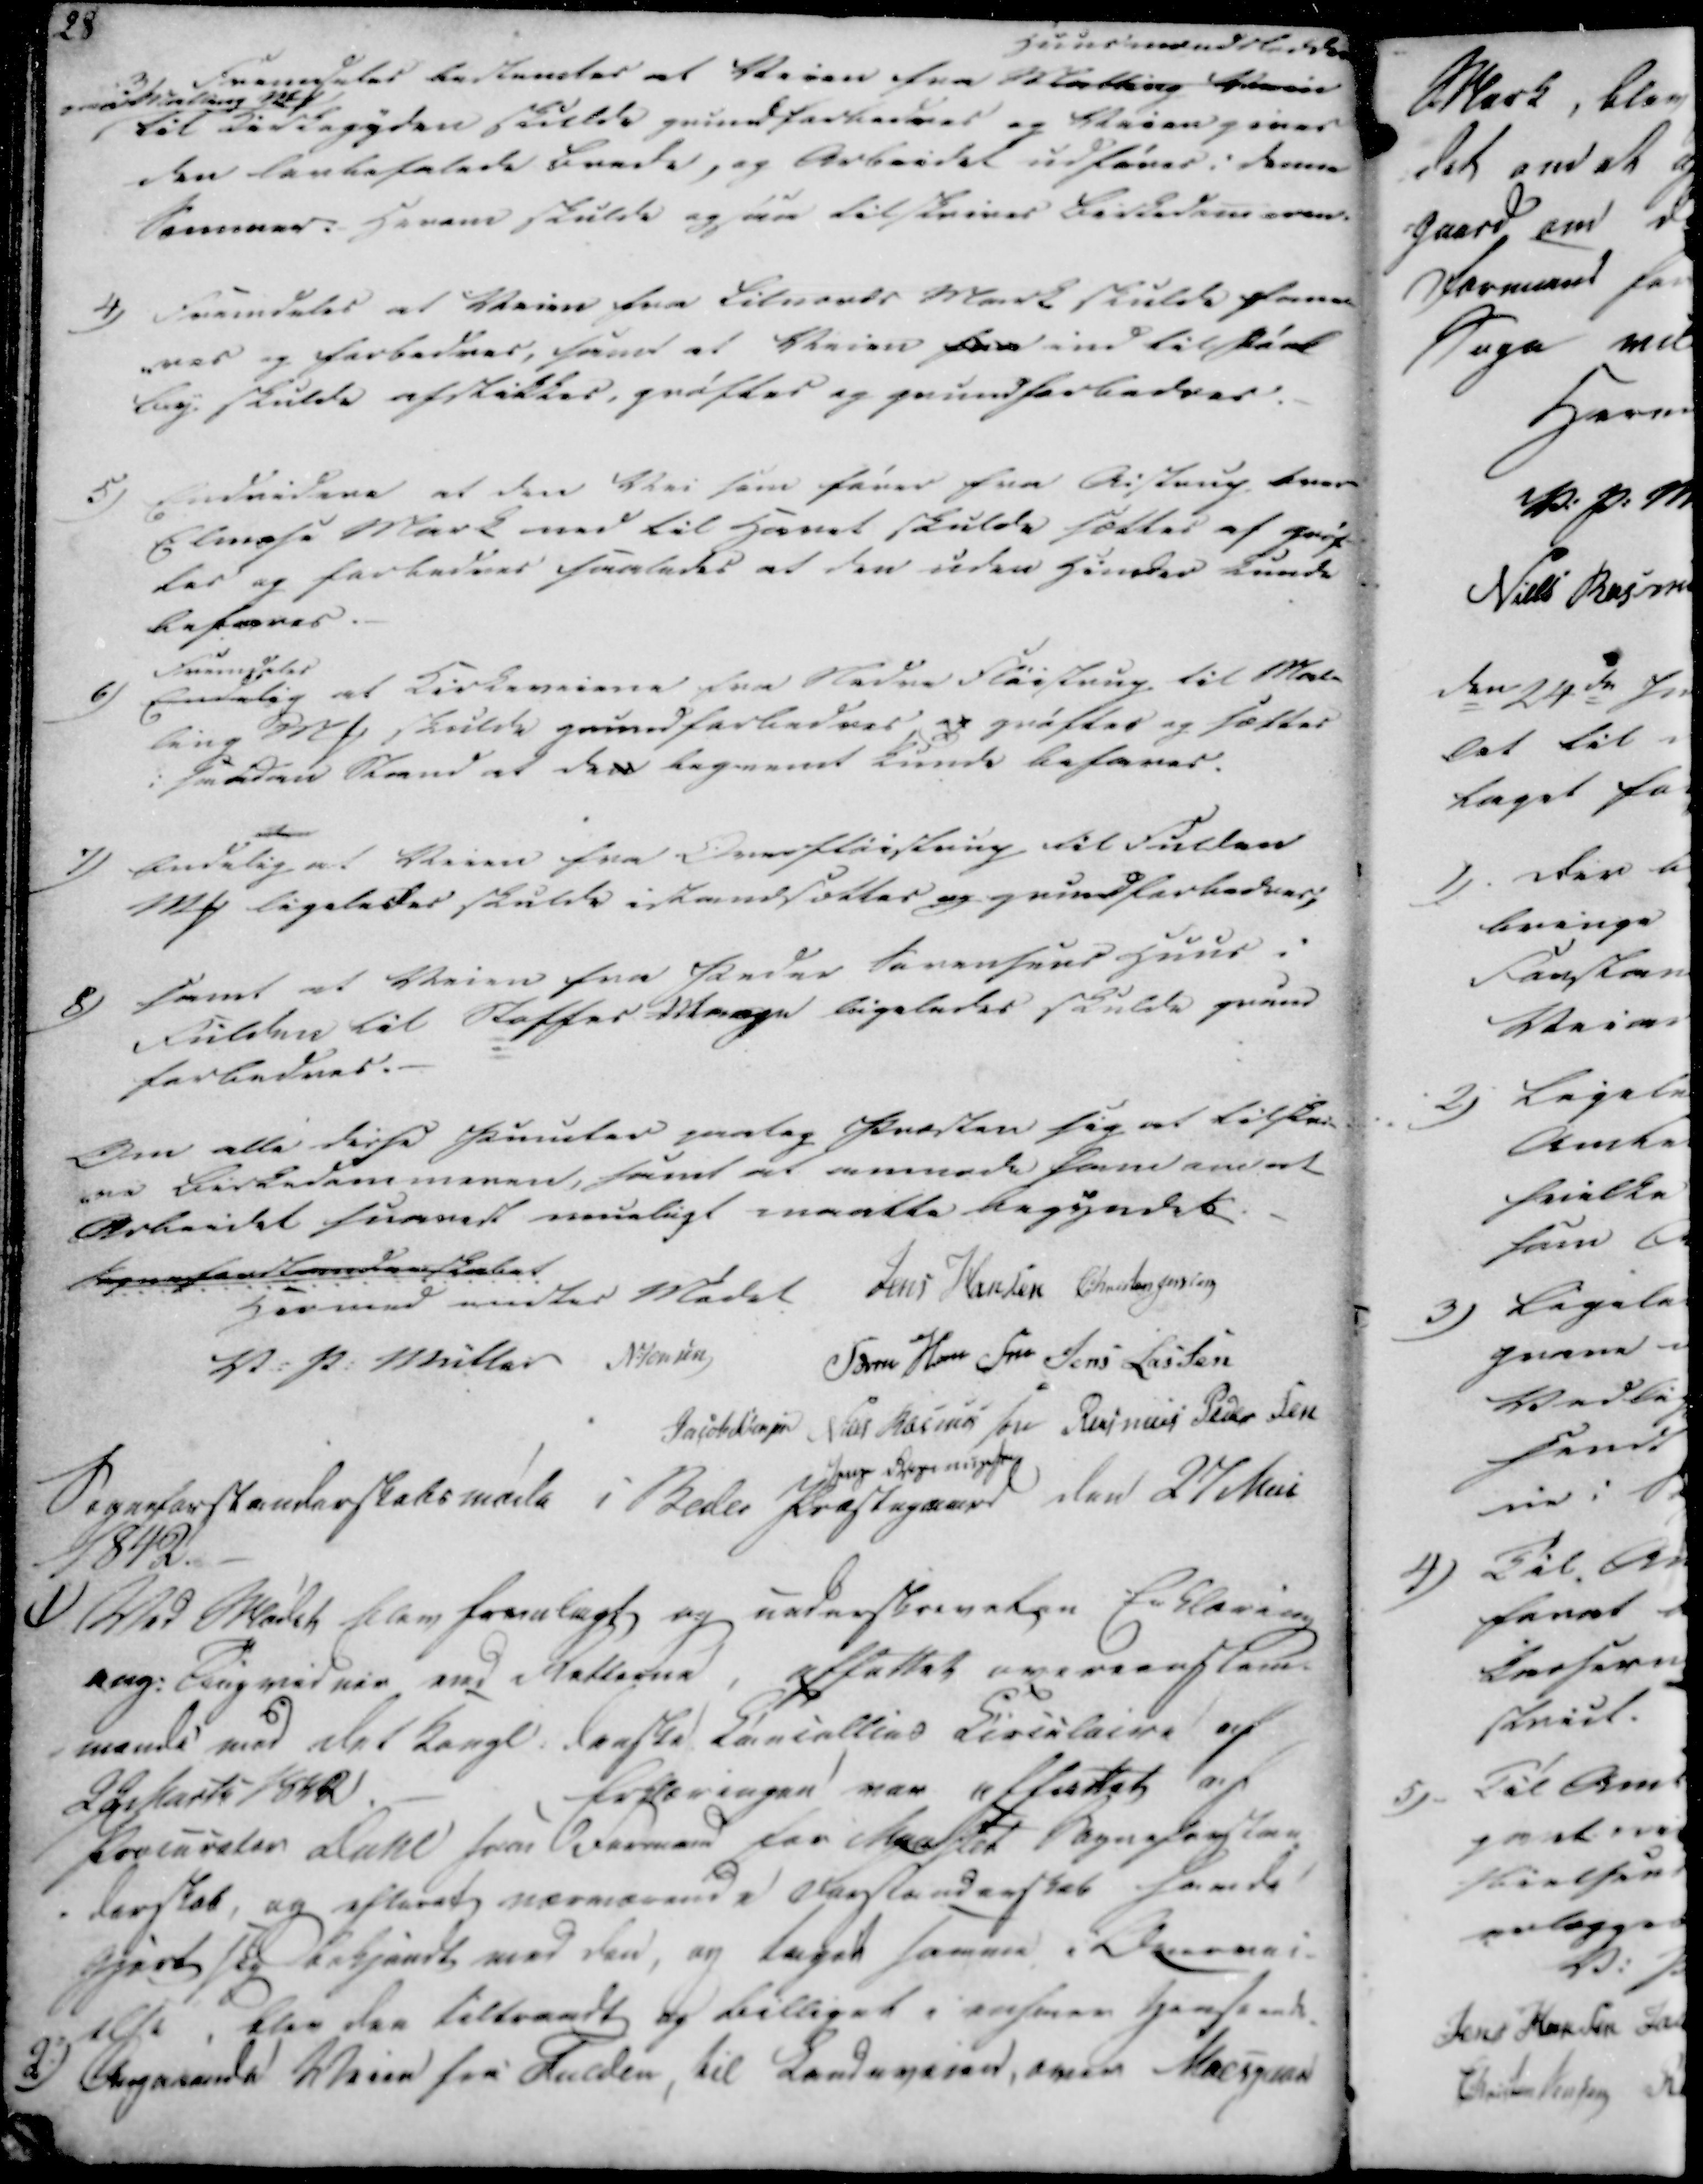
Transskription:
3)
Fremdeles bestemtes at Veien fra Malling Veiens Huuskerendstrekke
underretning MS
til Kirkegyden skulde grundforbedres og Veien gives
den lavbefalede brede, og Arbeidet udføres i denne
Sommer. Herom skulde ogsaa tilskrives Kirkedommeren

4)
Fremdeles at Veien fra Lilnords Mark skulde fane
-res og forbedres, sand at Veien fra ind tilhørd
by skulde afstikkes, grøstes og grundforbedres.

5)
Endvidere at den Vei som fares fra Aistrup hvor
Elmose Mark ned til Havet skulde sættes af grep
des og forbedres saaledes at den uden Hinder kunde
befares.

6)
Endelig fremdeles at Kirkeveiene fra Nedre Fløistrup til Mal-
ling MS skulde grundforbedres og grøftes og sættes
i Saadan Stand at der begaenet kunde befares.

7)
Endelig at Veien fra Overfløistrup til Fulden
MS ligeles skulde istandsættes og grundforbedres,

8)
samt at Veien fra Peder Sørensens Huus i
Fulden til stoffes Maage ligeledes skulde grund
forbedres.

Om alle disse Punules saalig Præsten sig at tilskri-
-ve Kirkedommeren, samt at anmode ham om at
Arbeidet snarest rimeligt maatte begyndes.
Sogneforstanderskabet
Hermed endtes Mødet

V. P. Müller
N:Jensen
Jens Hansen
Christen Jensen
Søren Hansen
Jens Lassen
Jacob Sørensen
Niels Rasmussen
Rasmus Pedersen
Jens Rasmussen

Sogneforstanderskabsmøde i Beder Præstegaard den 27 Mai
1842.

1)

Ved Mødet blev fremlagt og underskrevet en Erklæring
ang: Tingvidner ved Retterne, affattet overeenstem-
mende med Det Kongl. danske Cancellies Circulaire af
22 Marts 1842
Erklæringen var affattet af
Procurator Dahl som formand for Mødet Sogneforstan
-derskab, og efterat nærværende Forstanderskab havde
gjort sig bekjendt med den, og taget samme i Overvei-
else , blev den tiltraadt og billiget i enhver Henseende.

2)

Angaaende Veien fra Fulden, til Landeveien, over Moesgaard